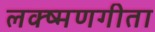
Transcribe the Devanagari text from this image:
लक्ष्मणगीता